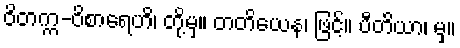
ဝိတက္က-ဝိစာရေဟိ၊ တို့မှ။ တတိယေန၊ ဖြင့်။ ပီတိယာ၊ မှ။